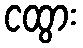
ငထွား